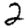
Digit: 2